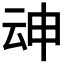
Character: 𱰦